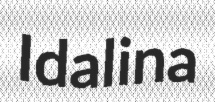
Idalina